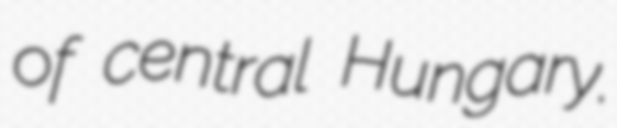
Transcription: of central Hungary.